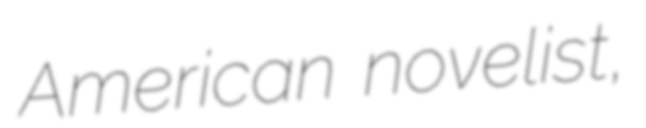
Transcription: American novelist,